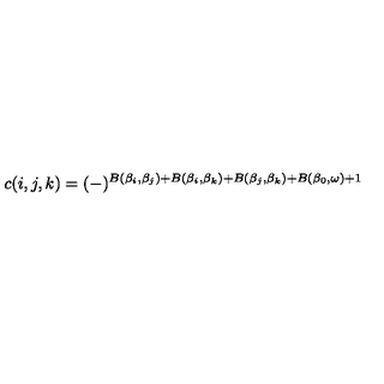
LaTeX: c ( i , j , k ) = ( - ) ^ { B ( \beta _ { i } , \beta _ { j } ) + B ( \beta _ { i } , \beta _ { k } ) + B ( \beta _ { j } , \beta _ { k } ) + B ( \beta _ { 0 } , \omega ) + 1 }